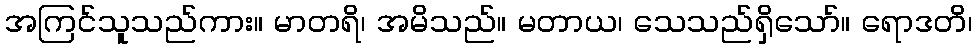
အကြင်သူသည်ကား။ မာတရိ၊ အမိသည်။ မတာယ၊ သေသည်ရှိသော်။ ရောဒတိ၊